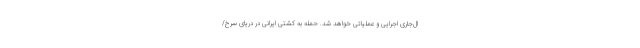
ال‌جاری اجرایی و عملیاتی خواهد شد. حمله به کشتی ایرانی در دریای سرخ/